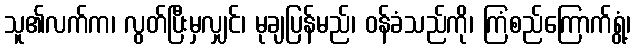
သူ၏လက်က၊ လွတ်ပြီးမှလျှင်၊ မုချပြန်မည်၊ ဝန်ခံသည်ကို၊ ကြံစည်ကြောက်ရွံ့၊